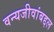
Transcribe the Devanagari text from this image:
वन्यजीवांबद्दल